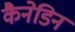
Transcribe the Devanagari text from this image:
कैनेडिन